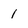
Character: 1